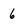
Character: 6